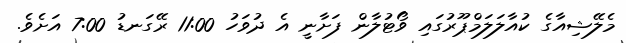
މެލޭޝިއާގެ ކުއާލަލަމްޕޫރުގައި ވޯޓުލާން ފަށާނީ އެ ދުވަހު 11:00 ރޭގަނޑު 7:00 އަށެވެ.